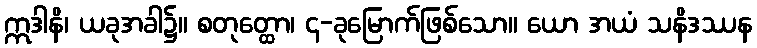
ဣဒါနိ၊ ယခုအခါ၌။ စတုတ္ထော၊ ၄-ခုမြောက်ဖြစ်သော။ ယော အယံ သနိဒဿန